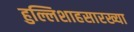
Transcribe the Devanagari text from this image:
हुल्लिशाहसारख्या